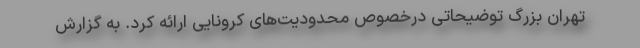
تهران بزرگ توضیحاتی درخصوص محدودیت‌های کرونایی ارائه کرد. به گزارش